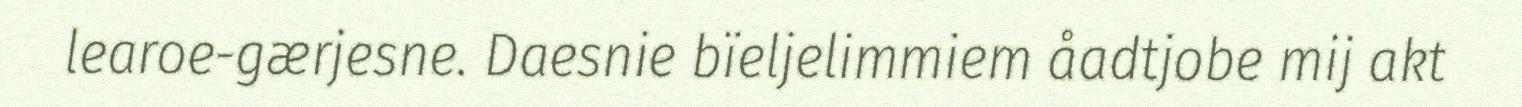
learoe-gærjesne. Daesnie bïeljelimmiem åadtjobe mij akt